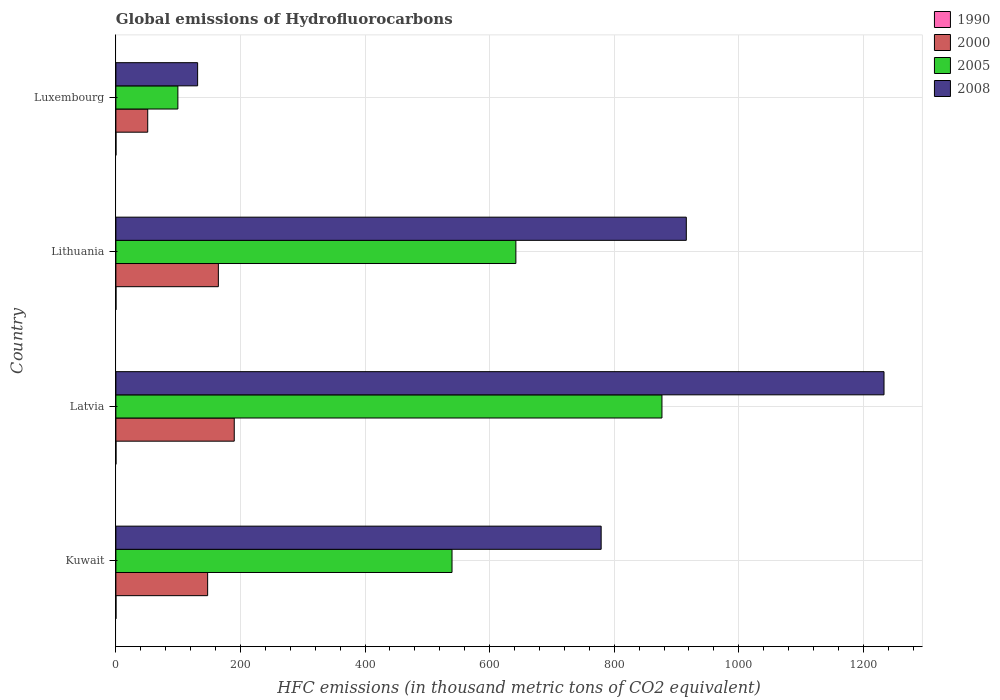
| Country | 1990 | 2000 | 2005 | 2008 |
 | --- | --- | --- | --- | --- |
 | Kuwait | 0.1 | 147 | 540 | 779 |
 | Latvia | 0.1 | 190 | 877 | 1.23e+03 |
 | Lithuania | 0.1 | 164 | 642 | 916 |
 | Luxembourg | 0.1 | 51.1 | 99.5 | 131 |